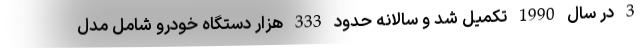
3 در سال 1990 تکمیل شد و سالانه حدود 333 هزار دستگاه خودرو شامل مدل